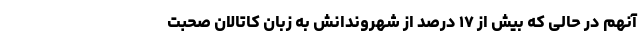
آنهم در حالی که بیش از ۱۷ درصد از شهروندانش به زبان کاتالان صحبت